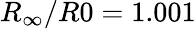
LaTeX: R_{\infty}/R0=1.001